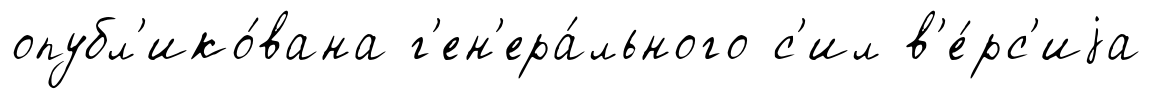
опубл'ико́вана г'ен'ера́льного с'ил в'е́рс'иjа